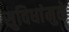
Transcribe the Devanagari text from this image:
सुविधांमुळे